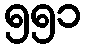
၅၅၁